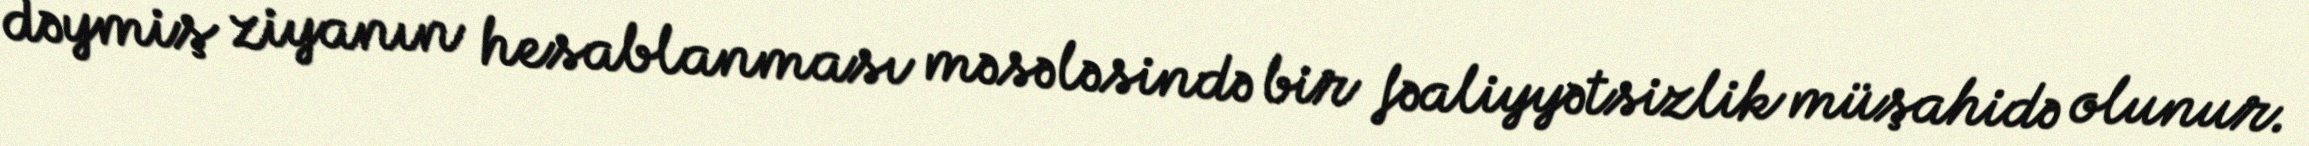
dəymiş ziyanın hesablanması məsələsində bir fəaliyyətsizlik müşahidə olunur.